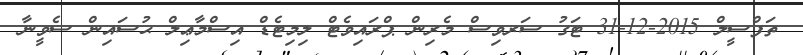
ތަފްސީލް 2015-12-31 ޓަގު ސަރވިސް މެރިން ޕްރައިވެޓް ލިމިޓެޑް އިސްމާޢިލް ޙުސައިން ސެވީނާ